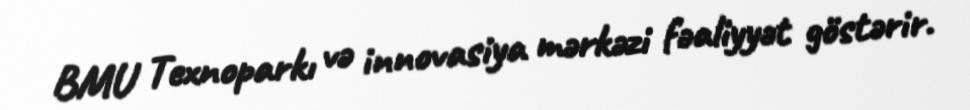
BMU Texnoparkı və innovasiya mərkəzi fəaliyyət göstərir.